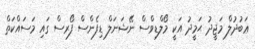
ޢަބުދުލް މަޖީދު ޙަމީދު އަކީ މޯލްޑިވްސް ނޭޝަނަލް ޑިފެންސް ފޯރސް ގައި މަސައްކަތް